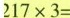
$$217×3=$$